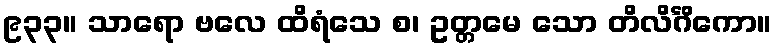
၉၃၃။ သာရော ဗလေ ထိရံသေ စ၊ ဥတ္တမေ သော တိလိင်္ဂိကော။